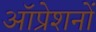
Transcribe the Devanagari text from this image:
ऑप्रेशनों